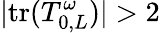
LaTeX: |\mathrm{tr}(T_{0,L}^{\omega})|>2